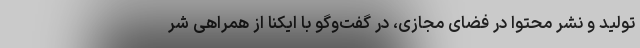
تولید و نشر محتوا در فضای مجازی، در گفت‌وگو با ایکنا از همراهی شر